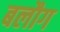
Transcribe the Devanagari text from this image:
बलौग